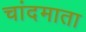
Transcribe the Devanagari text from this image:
चांदमाता